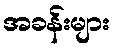
အခန်းများ